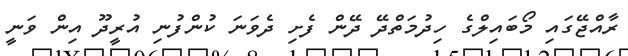
ރާއްޖޭގައި މޯބައިލްގެ ހިދުމަތްދޭ ދޭން ފެށި ދެވަނަ ކުންފުނި އުރީދޫ އިން ވަނީ